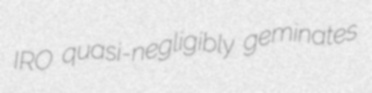
IRO quasi-negligibly geminates